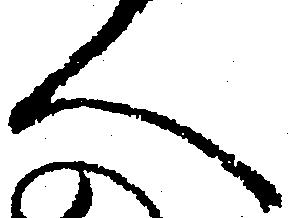
人